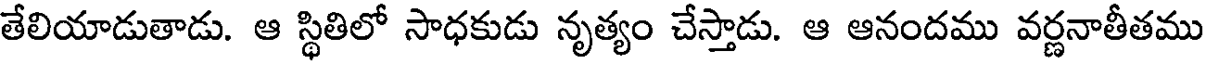
తేలియాడుతాడు. ఆ స్థితిలో సాధకుడు నృత్యం చేస్తాడు. ఆ ఆనందము వర్ణనాతీతము